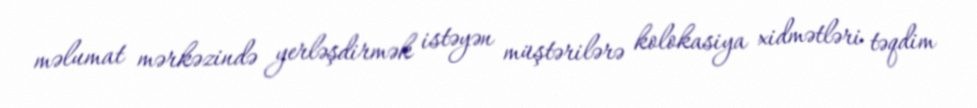
məlumat mərkəzində yerləşdirmək istəyən müştərilərə kolokasiya xidmətləri təqdim